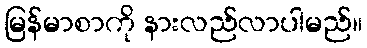
မြန်မာစာကို နားလည်လာပါမည်။